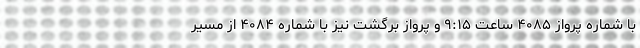
با شماره پرواز ۴۰۸۵ ساعت ۹:۱۵ و پرواز برگشت نیز با شماره ۴۰۸۴ از مسیر